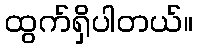
ထွက်ရှိပါတယ်။